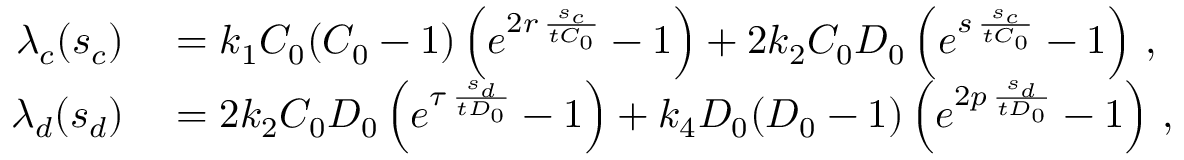
\begin{array} { r l } { \lambda _ { c } ( s _ { c } ) } & { { } = k _ { 1 } C _ { 0 } ( C _ { 0 } - 1 ) \left( e ^ { 2 r \, \frac { s _ { c } } { t C _ { 0 } } } - 1 \right) + 2 k _ { 2 } C _ { 0 } D _ { 0 } \left( e ^ { s \, \frac { s _ { c } } { t C _ { 0 } } } - 1 \right) \, , } \\ { \lambda _ { d } ( s _ { d } ) } & { { } = 2 k _ { 2 } C _ { 0 } D _ { 0 } \left( e ^ { \tau \, \frac { s _ { d } } { t D _ { 0 } } } - 1 \right) + k _ { 4 } D _ { 0 } ( D _ { 0 } - 1 ) \left( e ^ { 2 p \, \frac { s _ { d } } { t D _ { 0 } } } - 1 \right) \, , } \end{array}